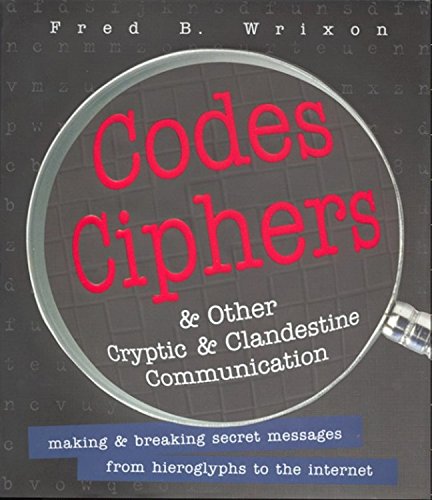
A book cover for Codes, Ciphers and Other Cryptic and Clandestine Communication: 400 Ways to Send Secret Messages from Hieroglyphs to the Internet; Fred B. Wrixon; Business & Money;